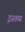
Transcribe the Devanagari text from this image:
द्रस्तव्य